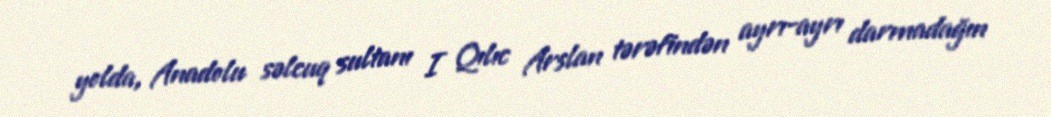
yolda, Anadolu səlcuq sultanı I Qılıc Arslan tərəfindən ayrı-ayrı darmadağın